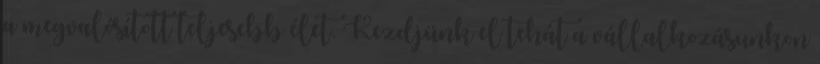
a megvalósított teljesebb élet. Kezdjünk el tehát a vállalkozásunkon